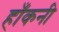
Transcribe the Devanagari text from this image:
हाँकनी